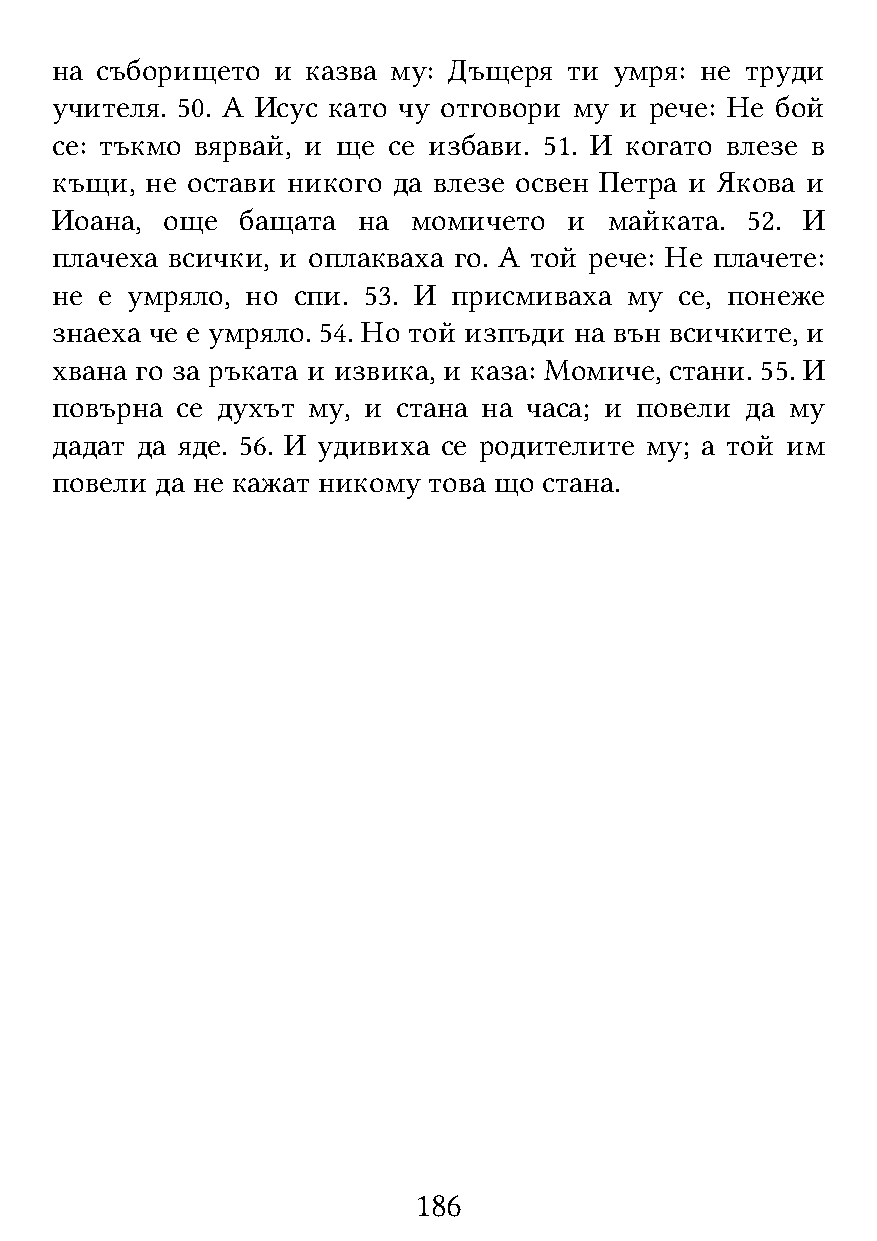
на съборището  и казва му: Дъщеря  ти умря: не труди
 учителя. 50. А Исус като чу отговори му и рече: Не бой
 се: тъкмо вярвай, и ще се избави. 51. И когато влезе в
 къщи,  не остави никого да влезе освен Петра и Якова и
 Иоана,  още  бащата  на момичето   и майката. 52. И
 плачеха всички, и оплакваха го. А той рече: Не плачете:
 не е умряло, но спи. 53. И присмиваха  му се, понеже
 знаеха че е умряло. 54. Но той изпъди на вън всичките, и
 хвана го за ръката и извика, и каза: Момиче, стани. 55. И
 повърна  се духът му, и стана на часа; и повели да му
 дадат да яде. 56. И удивиха се родителите му; а той им
 повели да не кажат никому това що стана.
 186